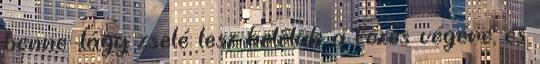
benne: lágy zselé lesz belőlük a főzés végére, és